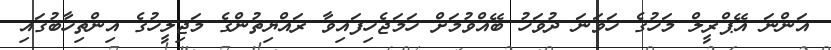
އަންނަ އޭޕްރީލް މަހުގެ ހަވަނަ ދުވަހު ބޭއްވުމަށް ހަމަޖެހިފައިވާ ރައްޔިތުންގެ މަޖިލީހުގެ އިންތިހާބުގައި